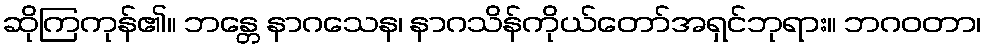
ဆိုကြကုန်၏။ ဘန္တေ နာဂသေန၊ နာဂသိန်ကိုယ်တော်အရှင်ဘုရား။ ဘဂဝတာ၊